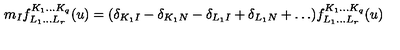
m _ { I } f _ { L _ { 1 } \ldots L _ { r } } ^ { K _ { 1 } \ldots K _ { q } } ( u ) = ( \delta _ { K _ { 1 } I } - \delta _ { K _ { 1 } N } - \delta _ { L _ { 1 } I } + \delta _ { L _ { 1 } N } + \ldots ) f _ { L _ { 1 } \ldots L _ { r } } ^ { K _ { 1 } \ldots K _ { q } } ( u )